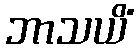
ဘာသယိံ